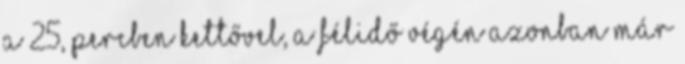
A 25, percben kettővel, a félidő végén azonban már